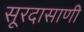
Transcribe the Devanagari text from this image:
सूरदासाणी